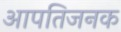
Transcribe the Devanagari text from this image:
आपतिजनक